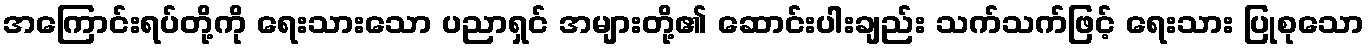
အကြောင်းရပ်တို့ကို ရေးသားသော ပညာရှင် အများတို့၏ ဆောင်းပါးချည်း သက်သက်ဖြင့် ရေးသား ပြုစုသော